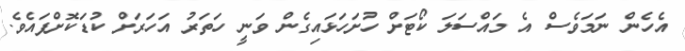
އެހެން ނަމަވެސް އެ މައްސަލަ ކޯޓަށް ހުށަހަޅައިގެން ވަނީ ހަތަރު އަހަރަށް ކުޑަކޮށްފައެވެ.